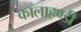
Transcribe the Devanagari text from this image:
कालाहण्डी